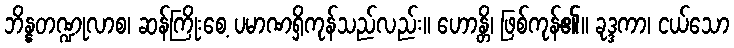
ဘိန္နတဏ္ဍုလာစ၊ ဆန်ကြိုးစေ့ ပမာဏရှိကုန်သည်လည်း။ ဟောန္တိ၊ ဖြစ်ကုန်၏။ ခုဒ္ဒကာ၊ ငယ်သော